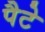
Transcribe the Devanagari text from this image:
पैटे